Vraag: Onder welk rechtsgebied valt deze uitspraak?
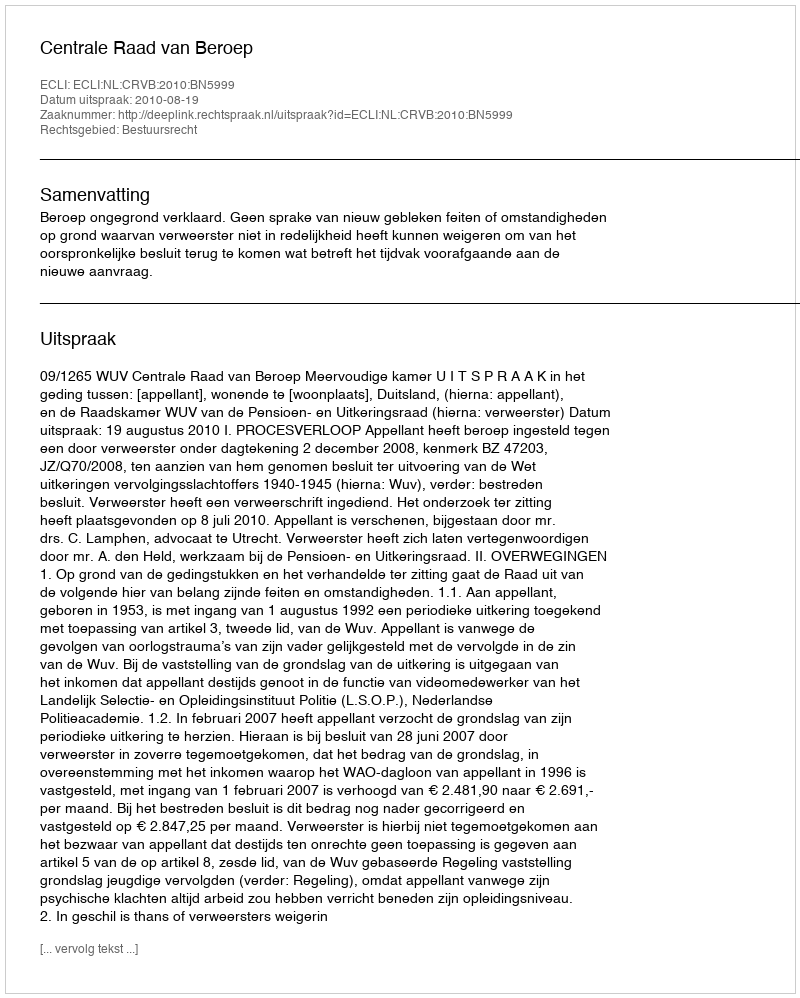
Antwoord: Bestuursrecht